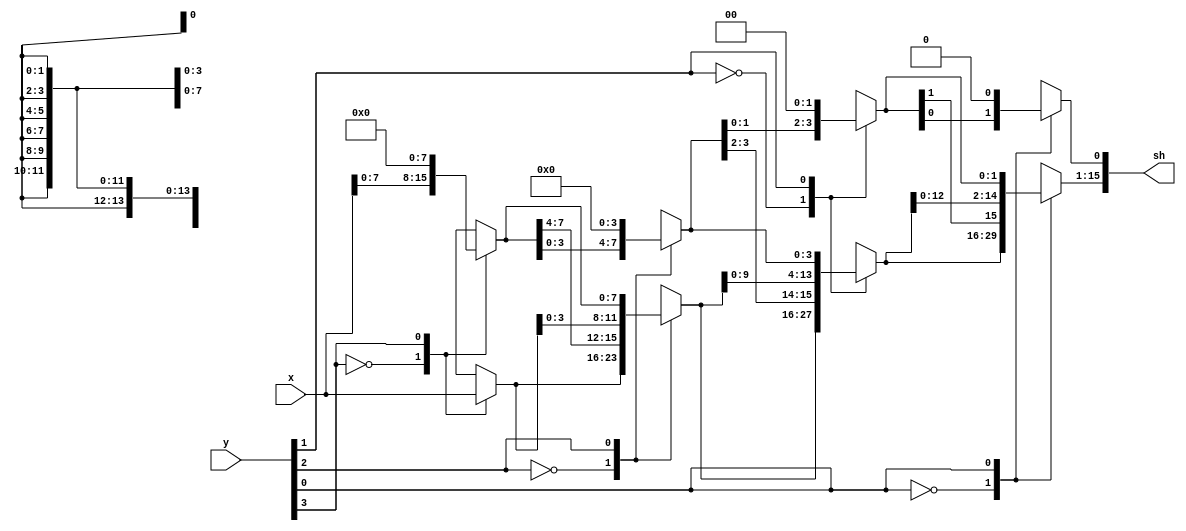
module shiftleft16_23 (
    input [15:0] x,
    input [3:0] y,
    output reg [15:0] sh
  );
  
  
  
  reg [15:0] a;
  reg [15:0] b;
  reg [15:0] c;
  
  always @* begin
    
    case (y[3+0-:1])
      1'h0: begin
        a = x;
      end
      1'h1: begin
        a[8+7-:8] = x[0+7-:8];
        a[0+7-:8] = 8'h00;
      end
      default: begin
        a = x;
      end
    endcase
    
    case (y[2+0-:1])
      1'h0: begin
        b = a;
      end
      1'h1: begin
        b[4+11-:12] = a[0+11-:12];
        b[0+3-:4] = 4'h0;
      end
      default: begin
        b = a;
      end
    endcase
    
    case (y[1+0-:1])
      1'h0: begin
        c = b;
      end
      1'h1: begin
        c[2+13-:14] = b[0+13-:14];
        c[0+1-:2] = 2'h0;
      end
      default: begin
        c = b;
      end
    endcase
    
    case (y[0+0-:1])
      1'h0: begin
        sh = c;
      end
      1'h1: begin
        sh[1+14-:15] = c[0+14-:15];
        sh[0+0-:1] = 1'h0;
      end
      default: begin
        sh = c;
      end
    endcase
  end
endmodule